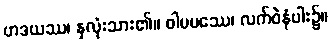
ဟဒယဿ၊ နှလုံးသား၏။ ဝါမပဿေ၊ လက်ဝဲနံပါး၌။